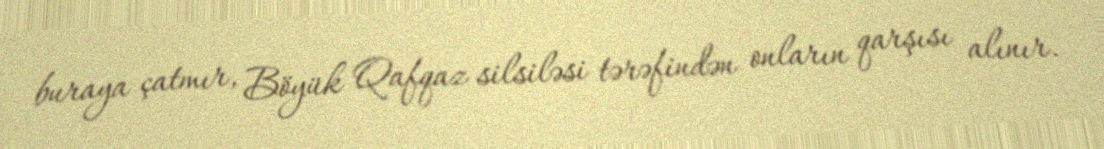
buraya çatmır, Böyük Qafqaz silsiləsi tərəfindən onların qarşısı alınır.